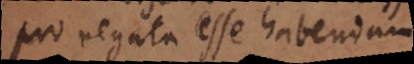
pro negata esse habendam;